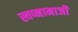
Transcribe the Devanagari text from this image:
स्वप्नामाजी